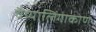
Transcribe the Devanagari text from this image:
वैय्यालिंगाकोण